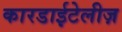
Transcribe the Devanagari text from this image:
कारडाईटेलीज़